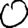
Digit: 0